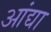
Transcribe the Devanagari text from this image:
आंद्या